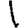
Digit: 1